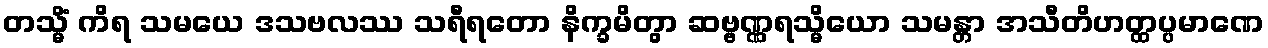
တသ္မိံ ကိရ သမယေ ဒသဗလဿ သရီရတော နိက္ခမိတွာ ဆဗ္ဗဏ္ဏရသ္မိယော သမန္တာ အသီတိဟတ္ထပ္ပမာဏေ